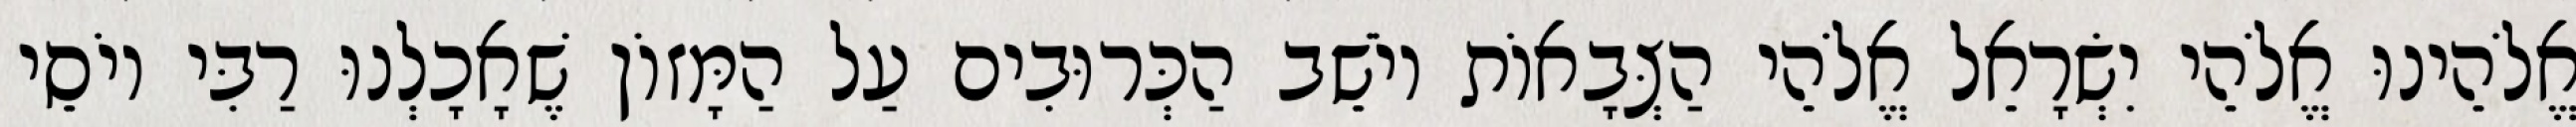
אֱלֹהֵינוּ אֱלֹהֵי יִשְׂרָאֵל אֱלֹהֵי הַצְּבָאוֹת יוֹשֵׁב הַכְּרוּבִים עַל הַמָּזוֹן שֶׁאָכָלְנוּ רַבִּי יוֹסֵי